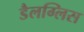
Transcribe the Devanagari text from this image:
डैलग्लिस